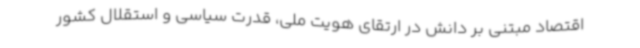
اقتصاد مبتنی بر دانش در ارتقای هویت ملی، قدرت سیاسی و استقلال کشور